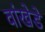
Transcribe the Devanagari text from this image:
वांखेडे